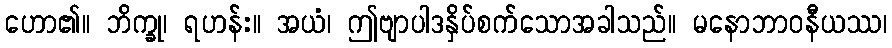
ဟော၏။ ဘိက္ခု၊ ရဟန်း။ အယံ၊ ဤဗျာပါဒနှိပ်စက်သောအခါသည်။ မနောဘာဝနီယဿ၊